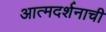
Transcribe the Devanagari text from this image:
आत्मदर्शनाची